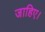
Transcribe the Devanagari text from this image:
जाहिए।